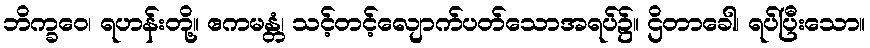
ဘိက္ခဝေ၊ ရဟန်းတို့။ ဧကမန္တံ၊ သင့်တင့်လျောက်ပတ်သောအရပ်၌။ ဌိတာခေါ၊ ရပ်ပြီးသော။